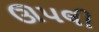
ઊપલી